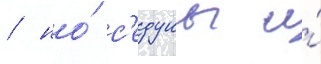
/ но́ с'едуны и́